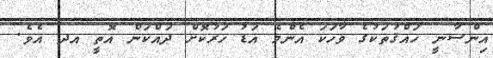
އިންސާނީ ހައްޤުތަކުގެ ވާހަކަ އެންމެ އަޑު ހަރުކޮށް ދައްކަން އޮތީ އދ އެވެ.